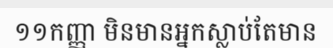
១១កញ្ញា មិនមានអ្នកស្លាប់តែមាន